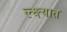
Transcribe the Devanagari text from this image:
ल्क्ष्यात